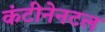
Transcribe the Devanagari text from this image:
कंटीनेनटल